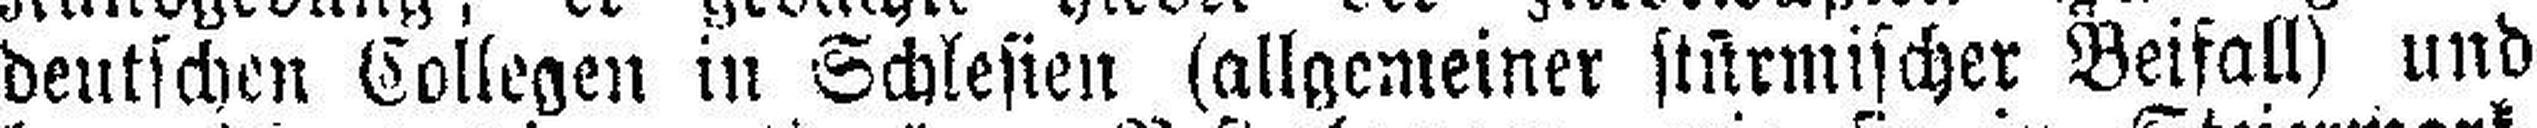
deutschen Collegen in Schlesien (allgemeiner stürmischer Beifall) und